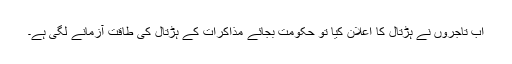
اب تاجروں نے ہڑتال کا اعلان کیا تو حکومت بجائے مذاکرات کے ہڑتال کی طاقت آزمانے لگی ہے۔